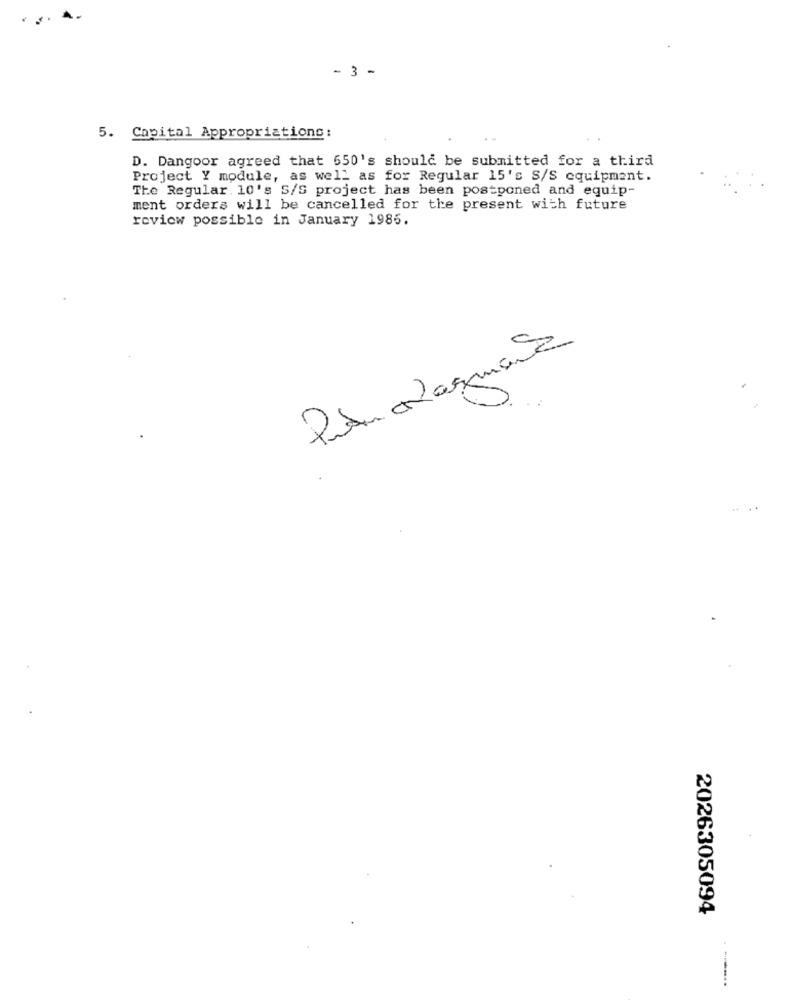
- 3 -
5. Capital Appropriations:
D. Dangoor agreed that 650's should be submitted for a third
Project Y module, as well as for Regular 15's S/S equipment.
The Regular. 10's S/S project has been postponed and equip-
ment orders will be cancelled for the present with future
review possible in January 1985.
Putin Naguana
2026305094